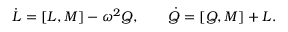
\dot { L } = [ L , M ] - \omega ^ { 2 } Q , \qquad \dot { Q } = [ Q , M ] + L .